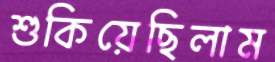
শুকিয়েছিলাম